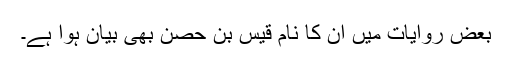
بعض روایات میں ان کا نام قیس بن حِصْن بھی بیان ہوا ہے۔